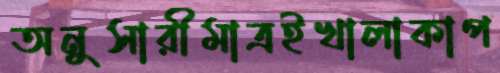
অনুসারীমাত্রইখালাকাপ